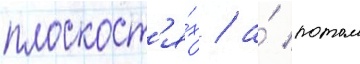
плоскост'я́х / а́ потом